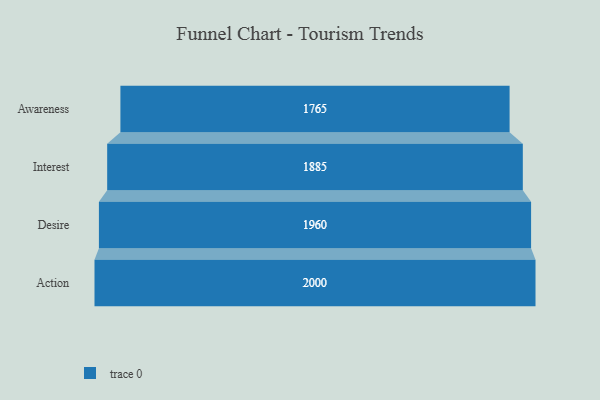
{"axis": {"x": "Stage", "y": "Value"}, "legend": [""], "data": [{"x": "Awareness", "y": 1765.0, "type": ""}, {"x": "Interest", "y": 1885.0, "type": ""}, {"x": "Desire", "y": 1960.0, "type": ""}, {"x": "Action", "y": 2000, "type": ""}]}